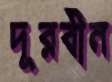
দূরবীন